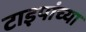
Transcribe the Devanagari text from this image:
टाइपांच्या